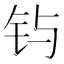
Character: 𲇮